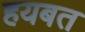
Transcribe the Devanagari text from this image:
हयबत